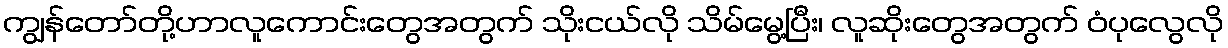
ကျွန်တော်တို့ဟာလူကောင်းတွေအတွက် သိုးငယ်လို သိမ်မွေ့ပြီး၊ လူဆိုးတွေအတွက် ဝံပုလွေလို